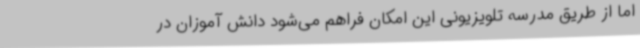
اما از طریق مدرسه تلویزیونی این امکان فراهم می‌شود دانش آموزان در